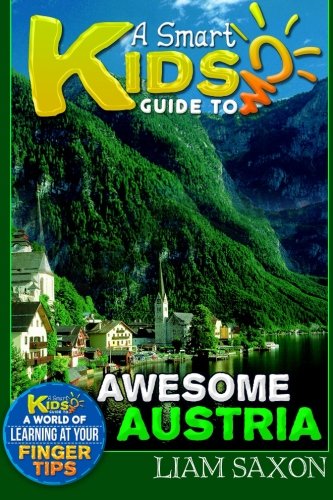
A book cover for A Smart Kids Guide To AWESOME AUSTRIA: A World Of Learning At Your Fingertips; Liam Saxon; Travel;